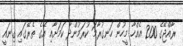
ރާއްޖޭގެ 200 އެއްހާ މީހުން ހަނގުރާމަ ކުރަމުންދާ ކަމަށާއި އޭގެ ތެރޭގައި ގިނައީ